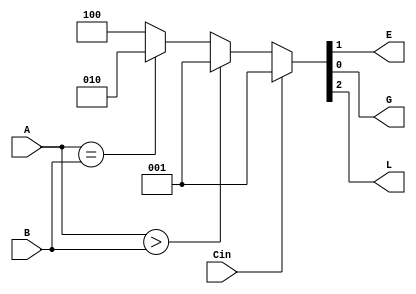
/*************************************************
*	Sean Webster
*	ADSD - Summer 2016 - Martin Margala
*	Homework 3 
*
*	comp_12.v				
* 
*	12 bit comparator
*	
*	Inputs A, B are fed 
*	into comparator, which outputs
*	E[qual], G[reater than], or L[less than]
*	with A being the primary input, and B being
*	the numebr compared against
*
**************************************************/



module comp_12(E, G, L, A, B, Cin);
	output reg E, G, L;
	input [11:0] A, B;
	input Cin;
	reg [2:0] w = 3'b000;

	always @* begin
		if(Cin == 1) begin
			w = 3'b001;
		end
		else if(A > B) begin
			w = 3'b001;
		end
		else if(A == B) begin
			w = 3'b010;
		end
		else begin
			w = 3'b100;		
		end
		L = w[2];
		E = w[1];
		G = w[0];
	end
endmodule